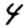
Digit: 4